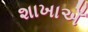
શાખાએઁ